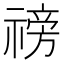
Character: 䄘